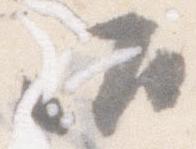
御